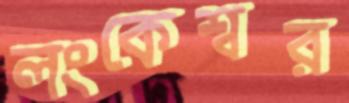
লংকেশ্বর